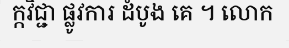
ក្កវិជ្ជា ផ្លូវការ ដំបូង គេ ។ លោក